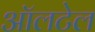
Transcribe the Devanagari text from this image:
ऑलटेल